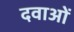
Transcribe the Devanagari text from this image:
दवाअों